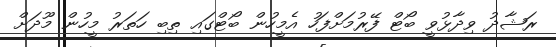
ރަޝާދު ވިދާޅުވީ ބޯޓް ފޭރުމަށްފަހު އެމީހުން ބޯޓްގައި ތިބި ހަތަރު މީހުން މޫދަށް